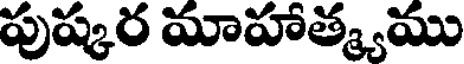
పుష్కర మాహాత్మ్యము